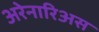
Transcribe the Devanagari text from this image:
अरेनारिअस